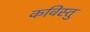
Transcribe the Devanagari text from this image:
कविस्तु